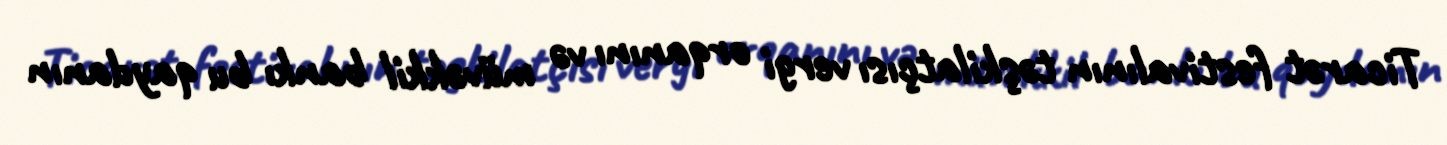
Ticarət festivalının təşkilatçısı vergi orqanını və müvəkkil bankı bu qaydanın